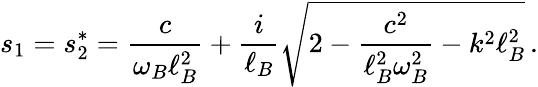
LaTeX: s_{1}=s_{2}^{*}=\frac{c}{\omega_{B}\ell_{B}^{2}}+\frac{i}{\ell_{B}}\sqrt{2-\frac{c^{2}}{\ell_{B}^{2}\omega_{B}^{2}}-k^{2}\ell_{B}^{2}}\, .